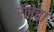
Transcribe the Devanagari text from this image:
रॅलेचा